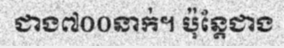
ជាង៧០០នាក់។ ប៉ុន្តែជាង